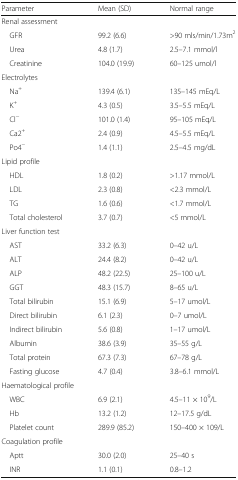
<table><thead><tr><td><b>Parameter</b></td><td><b>Mean (SD)</b></td><td><b>Normal range</b></td></tr></thead><tbody><tr><td colspan="3">Renal assessment</td></tr><tr><td> GFR</td><td>99.2 (6.6)</td><td>&gt;90 mls/min/1.73m<sup>2</sup></td></tr><tr><td> Urea</td><td>4.8 (1.7)</td><td>2.5–7.1 mmol/l</td></tr><tr><td> Creatinine</td><td>104.0 (19.9)</td><td>60–125 umol/l</td></tr><tr><td colspan="3">Electrolytes</td></tr><tr><td> Na<sup>+</sup></td><td>139.4 (6.1)</td><td>135–145 mEq/L</td></tr><tr><td> K<sup>+</sup></td><td>4.3 (0.5)</td><td>3.5–5.5 mEq/L</td></tr><tr><td> Cl<sup>−</sup></td><td>101.0 (1.4)</td><td>95–105 mEq/L</td></tr><tr><td> Ca2<sup>+</sup></td><td>2.4 (0.9)</td><td>4.5–5.5 mEq/L</td></tr><tr><td> Po4<sup>−</sup></td><td>1.4 (1.1)</td><td>2.5–4.5 mg/dL</td></tr><tr><td colspan="3">Lipid profile</td></tr><tr><td> HDL</td><td>1.8 (0.2)</td><td>&gt;1.17 mmol/L</td></tr><tr><td> LDL</td><td>2.3 (0.8)</td><td>&lt;2.3 mmol/L</td></tr><tr><td> TG</td><td>1.6 (0.6)</td><td>&lt;1.7 mmol/L</td></tr><tr><td> Total cholesterol</td><td>3.7 (0.7)</td><td>&lt;5 mmol/L</td></tr><tr><td colspan="3">Liver function test</td></tr><tr><td> AST</td><td>33.2 (6.3)</td><td>0–42 u/L</td></tr><tr><td> ALT</td><td>24.4 (8.2)</td><td>0–42 u/L</td></tr><tr><td> ALP</td><td>48.2 (22.5)</td><td>25–100 u/L</td></tr><tr><td> GGT</td><td>48.3 (15.7)</td><td>8–65 u/L</td></tr><tr><td> Total bilirubin</td><td>15.1 (6.9)</td><td>5–17 umol/L</td></tr><tr><td> Direct bilirubin</td><td>6.1 (2.3)</td><td>0–7 umol/L</td></tr><tr><td> Indirect bilirubin</td><td>5.6 (0.8)</td><td>1–17 umol/L</td></tr><tr><td> Albumin</td><td>38.6 (3.9)</td><td>35–55 g/L</td></tr><tr><td> Total protein</td><td>67.3 (7.3)</td><td>67–78 g/L</td></tr><tr><td> Fasting glucose</td><td>4.7 (0.4)</td><td>3.8–6.1 mmol/L</td></tr><tr><td colspan="3">Haematological profile</td></tr><tr><td> WBC</td><td>6.9 (2.1)</td><td>4.5–11 × 10<sup>9</sup>/L</td></tr><tr><td> Hb</td><td>13.2 (1.2)</td><td>12–17.5 g/dL</td></tr><tr><td> Platelet count</td><td>289.9 (85.2)</td><td>150–400 × 109/L</td></tr><tr><td colspan="3">Coagulation profile</td></tr><tr><td> Aptt</td><td>30.0 (2.0)</td><td>25–40 s</td></tr><tr><td> INR</td><td>1.1 (0.1)</td><td>0.8–1.2</td></tr></tbody></table>